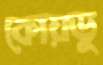
কোয়ডু